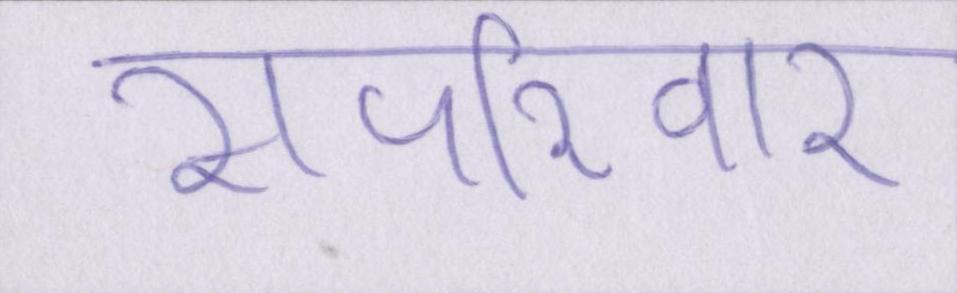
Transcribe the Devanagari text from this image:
सपरिवार